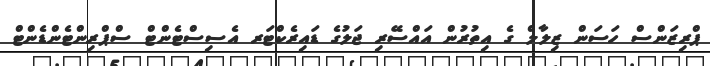
ޕްރިޒަންސް ހަސަން ޒިލާލް ގެ އިތުރުން އައްސޭރި ޖަލުގެ ޑައިރެކްޓަރ އެސިސްޓެންޓް ސްޕްރިންޓެންޑެންޓް